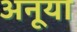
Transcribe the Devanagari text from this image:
अनूया